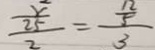
\frac { \frac { x } { 2 5 } } { 2 } = \frac { \frac { 1 2 } { 5 } } { 3 }